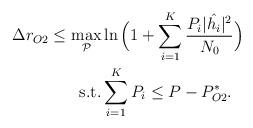
LaTeX: \begin{align*} \begin{aligned}\Delta r_{O2}\leq \max_\mathcal{P}& \ln \Big(1+\sum_{i=1}^K \frac{P_i|\hat{h_i}|^2}{N_0}\Big)\\\mathrm{s.t.}&\sum_{i=1}^KP_i\leq P-P_{O2}^* .\end{aligned}\end{align*}